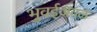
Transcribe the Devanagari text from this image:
भुवईजवळ